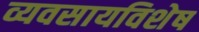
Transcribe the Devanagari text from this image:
व्यवसायविशेष